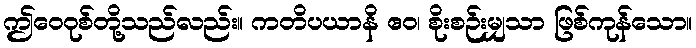
ဤဝေဝုစ်တို့သည်လည်း။ ကတိပယာနိ ဧဝ၊ စိုးစဉ်းမျှသာ ဖြစ်ကုန်သော။